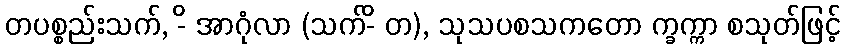
တပစ္စည်းသက်, -ိ အာဂုံလာ (သက်-ိ တ), သုသပစသကတော က္ခက္ကာ စသုတ်ဖြင့်